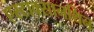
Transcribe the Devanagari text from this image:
एस्टाक्सानथिन